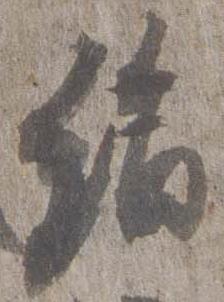
絹